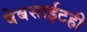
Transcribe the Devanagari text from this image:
वेबसाईटही